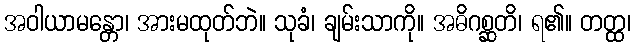
အဝါယာမန္တော၊ အားမထုတ်ဘဲ။ သုခံ၊ ချမ်းသာကို။ အဓိဂစ္ဆတိ၊ ရ၏။ တတ္ထ၊